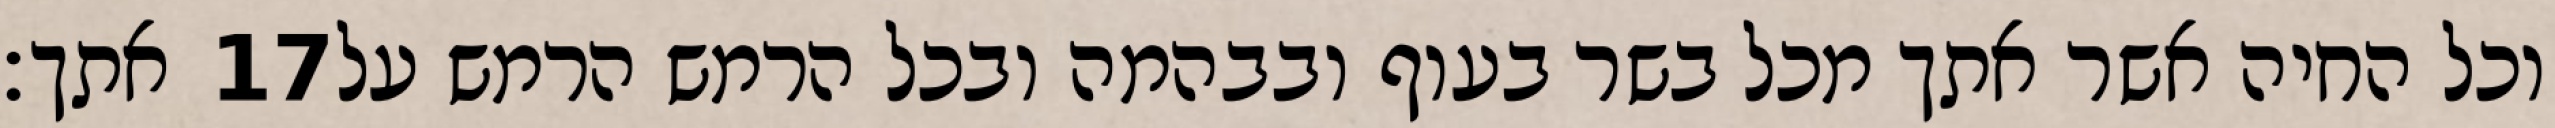
אתך׃ ‎17‏ וכל החיה אשר אתך מכל בשר בעוף ובבהמה ובכל הרמש הרמש על